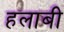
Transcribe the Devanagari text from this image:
हलाबी